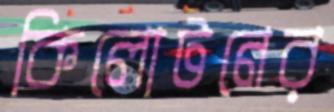
কিলোটনের